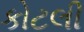
કોટલી